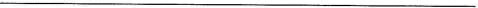
___